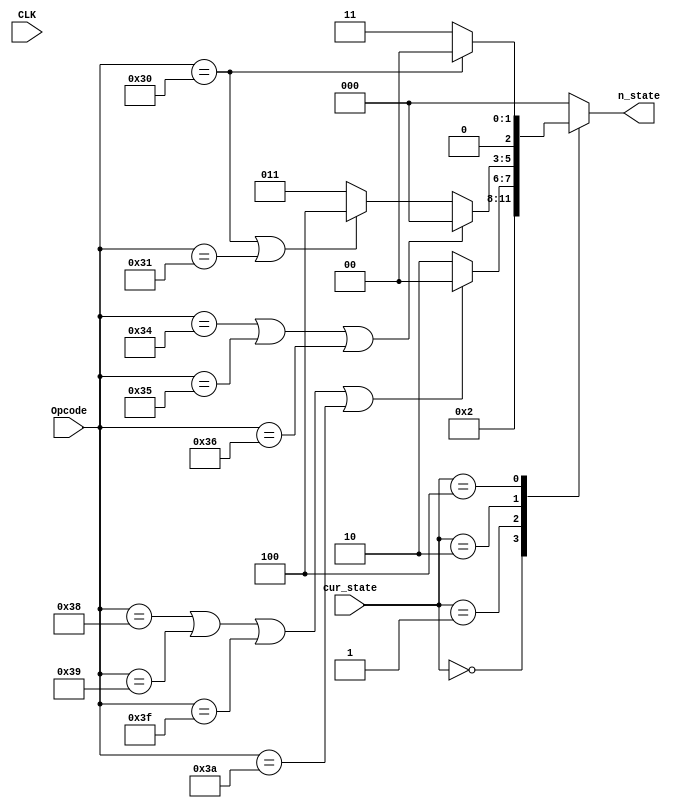
`timescale 1ns / 1ps

// 
// Opcodestate
// state state
module Next_state(
    input CLK,
    input [5:0] Opcode,
    input [2:0] cur_state,
    output reg [2:0] n_state
);
    parameter [2:0] sIF = 3'b000, // 
                     sID = 3'b001, // 
                     sEXE = 3'b010, //
                     sMEM = 3'b100, // 
                     sWB = 3'b011; // 
    parameter [5:0] addi = 6'b000010,
                     ori = 6'b010010,
                     sll = 6'b011000,
                     add = 6'b000000,
                     sub = 6'b000001,
                     slt = 6'b100110,
                     slti = 6'b100111,
                     sw = 6'b110000,
                     lw = 6'b110001,
                     beq = 6'b110100,
                     bne = 6'b110101,
                     bgtz = 6'b110110,
                     j = 6'b111000,
                     jr = 6'b111001,
                     Or = 6'b010000,
                     And = 6'b010001,
                     jal = 6'b111010,
                     halt = 6'b111111;

    always@(*) begin
        case(cur_state)
            sIF: begin
                n_state = sID;
            end

            sID: begin
                if (Opcode == j|| Opcode == jr || Opcode == halt || Opcode == jal)
                    n_state = sIF;
                // else if (Opcode == jal)
                    // n_state = sWB;
                else
                    n_state = sEXE;
            end
            
            sEXE: begin
                if (Opcode == beq || Opcode == bne || Opcode == bgtz) begin
                    n_state = sIF;
                end
                else begin
                    if (Opcode == sw || Opcode == lw) begin
                        n_state = sMEM;
                    end
                    else begin
                        n_state = sWB;
                    end
                end
            end

            sMEM: begin
                if (Opcode == sw)
                    n_state = sIF;
                else 
                    n_state = sWB; 
            end

            sWB: begin
                n_state = 3'b000;
            end

            default: begin
                n_state = 3'b000;
            end
        endcase
    end
endmodule